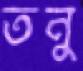
তনু